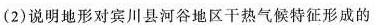
(2)说明地形对宾川县河谷地区干热气候特征形成的